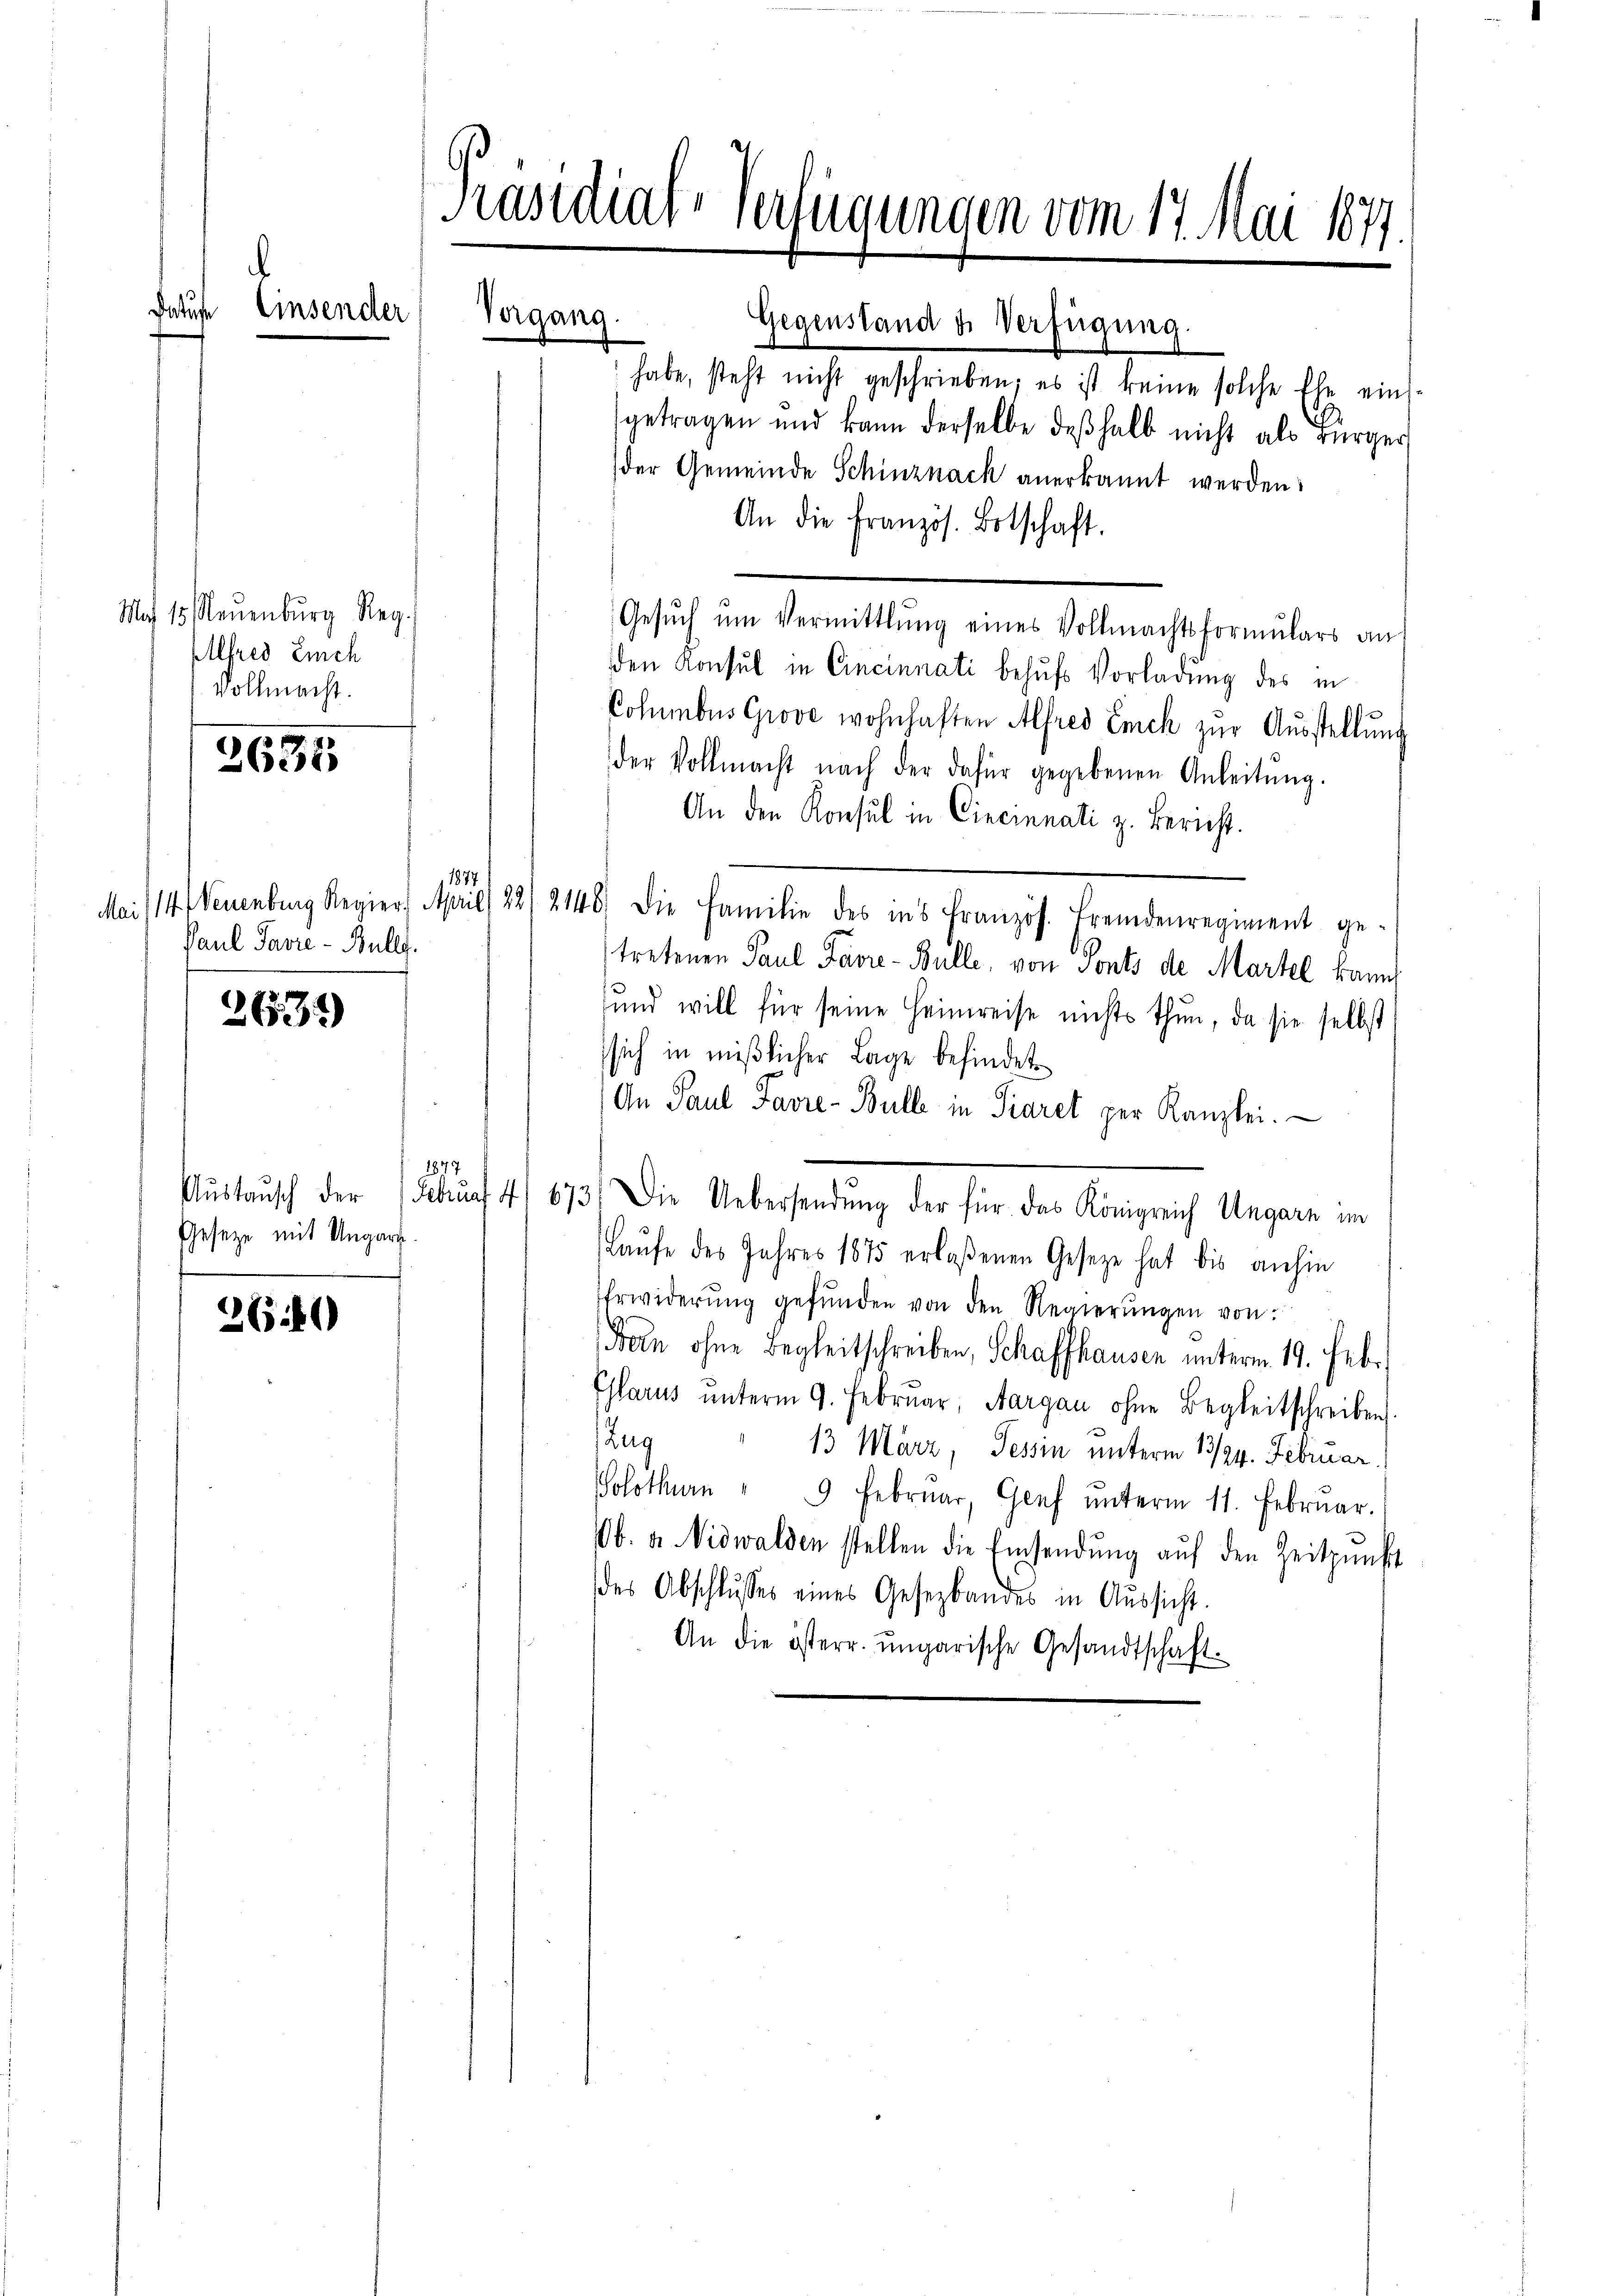
Pati

Ma 15. Neuenburg Reg.
Alfred Eich
Vollmacht.

2655

263)

260

Einsender

Präsidial-Verfügungen vom 17. Mai 1877.

Gegenstand u. Verfügung.
habe, steht nicht geschrieben; es ist keine solche Ehe eins-
getragen und kann derselbe deßhalb nicht als Bürger
der Gemeinde Schinznack anerkannt werden.
An die französ. Botschaft.
Gesŭch ŭm Vermittlung eines Vollmachtsformulars an
den Konsul in Cincinnati behufs Vorladung des in
Columbus Grove wohnhaften Alfred Enck zŭr Aŭsstellung
der Vollmacht nach der dafür gegebenen Anleitŭng.
An den Konsul in Cincinnati z. Bericht.
Mai 11 Neuenburg Regier. April 22/2146) die Familie des ins Französ. Fremdenregiment ge-
tretenen Paul Favre- Bulle, von Sonts de Martel kann
und will für seine Heimreise nichts thun, da sie selbst
sich in mißlicher Lage befindet.
An Paul Favre-Bulle in Piaret per Kanzlei.
1877
Aŭstaŭsch der 1 Febrŭf 41 673.) Die Uebersendŭng der für das Königreich Ungarn im
Laŭfe des Jahres 1875 erlaßenen Gesetze hat bis anhin
Erwiderŭng gefŭnden von den Regierŭngen von:
Feln ohne Begleitschreiben, Schaffhausen unterm 19. Feb.
Glarus ŭnterm 9. Februar, Aargau ohne Begleitschreiben
Zug
13 März, Tessin unterm 13/24. Februar
Solothurn " 9 Februar, Genf ŭnterm 11. Februar.
b. v. Nidwalden stellen die Einsendŭng aŭf den Zeitpunkt
des Abschlusses eines Gesezbandes in Aussicht.
An die österr. ungarische Gesandtschaft

Paul Pavre - Bullg.

1877

Gesetze mit Ungart.
e

Vergang.